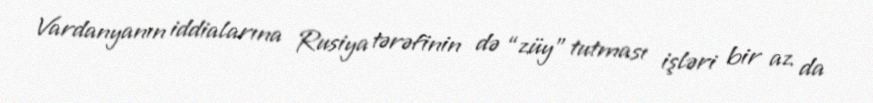
Vardanyanın iddialarına Rusiya tərəfinin də “züy” tutması işləri bir az da